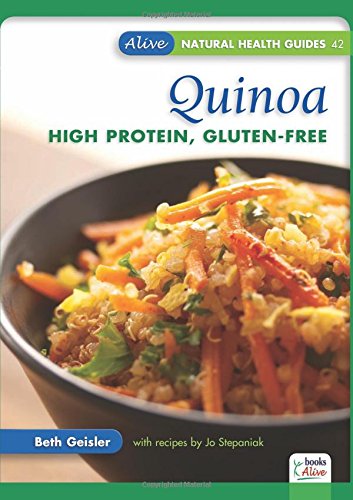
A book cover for Quinoa: High Protein, Gluten-Free (Alive: Natural Health Guides); Beth Geisler; Cookbooks, Food & Wine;